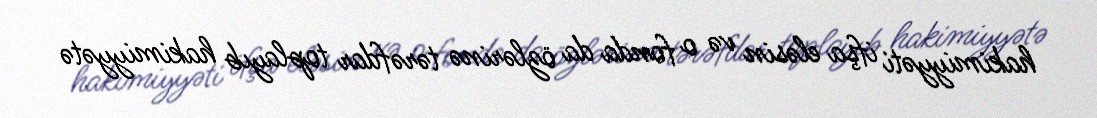
hakimiyyəti ifşa eləsin və o fonda da özlərinə tərəfdar toplayıb hakimiyyətə